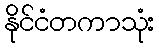
နိုင်ငံတကာသုံး